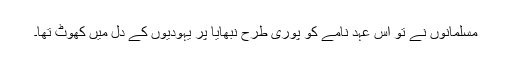
مسلمانوں نے تو اس عہد نامے کو پوری طرح نبھایا پر یہودیوں کے دل میں کھوٹ تھا۔